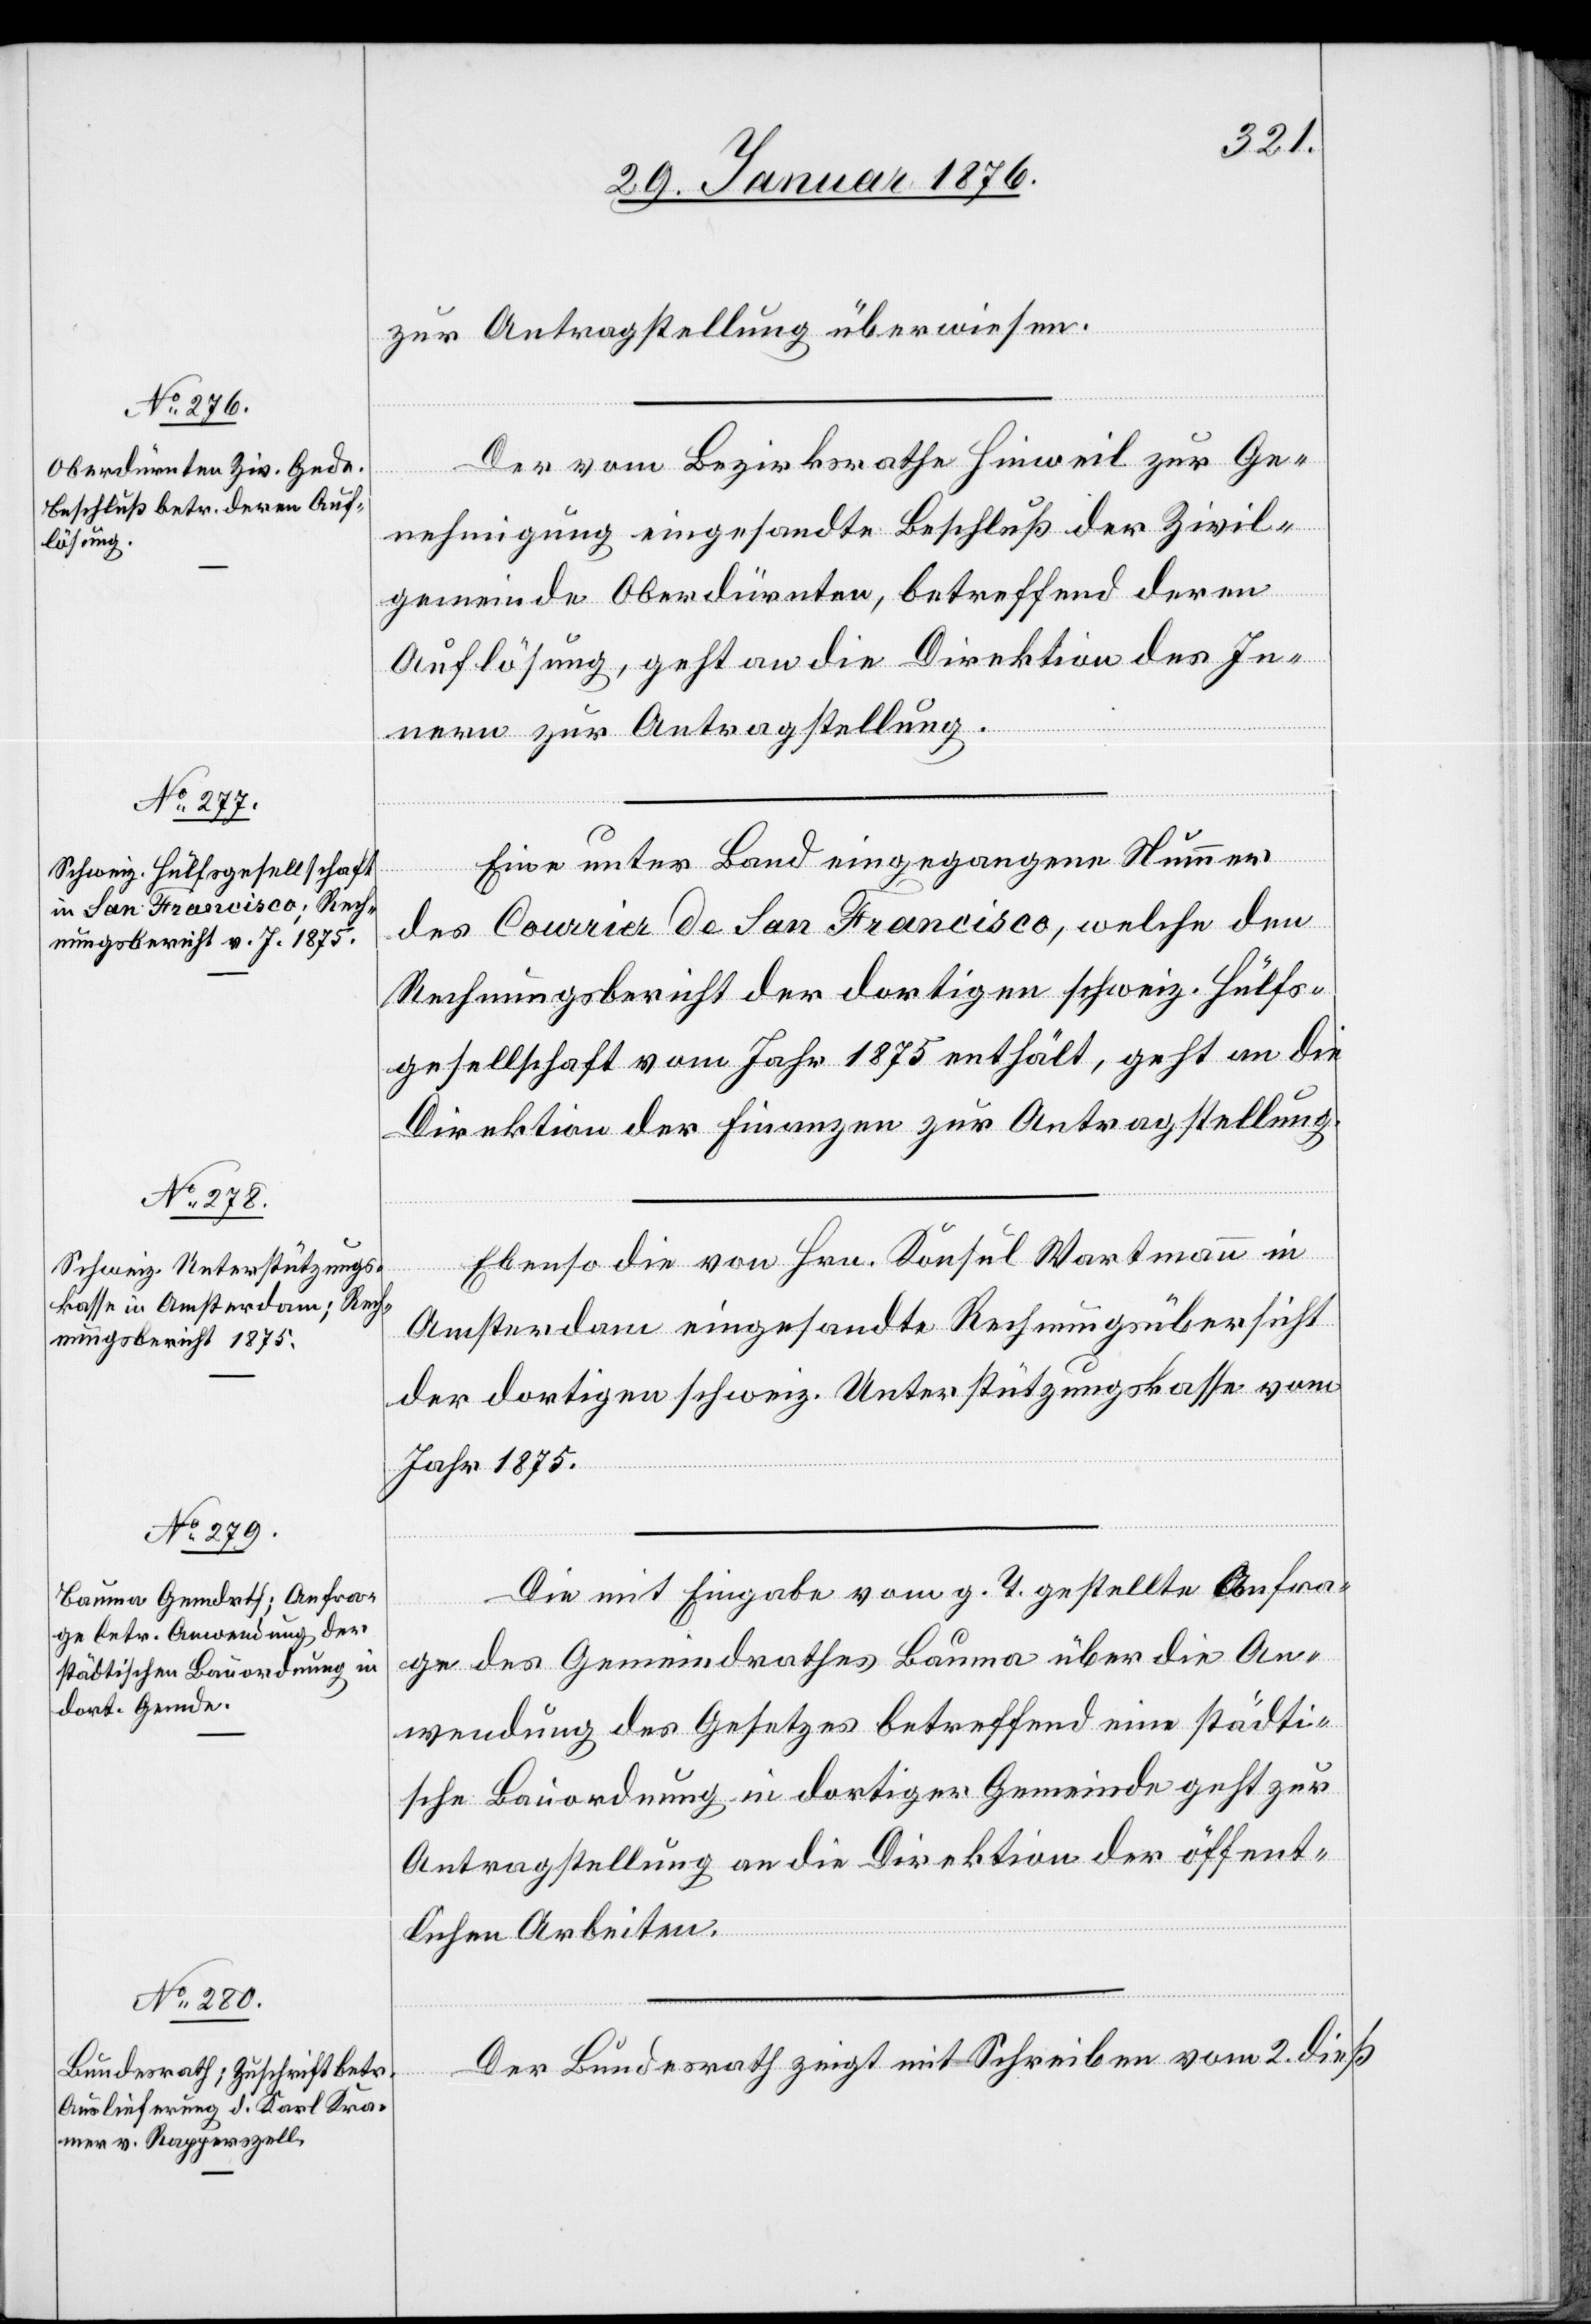
Der vom Bezirksrathe Hinwil zur Ge¬
nehmigung eingesandte Beschluss der Zivil¬
gemeinde Oberdürnten, betreffend deren
Auflösung, geht an die Direktion des In¬
nern zur Antragstellung.
Eine unter Band eingegangene Nummer
des Courrier de San Francisco, welche den
Rechnungsbericht der dortigen schweiz. Hülfs¬
gesellschaft vom Jahr 1875 enthält, geht an die
Direktion der Finanzen zur Antragstellung.
Ebenso die von Hrn. Konsul Wartmann in
Amsterdam eingesandte Rechnungsübersicht
der dortigen schweiz. Unterstützungskasse vom
Jahr 1875.
Die mit Eingabe von g. T. gestellte Anfra¬
ge des Gemeinderathes Bauma über die An¬
wendung des Gesetzes betreffend die städti¬
sche Bauordnung in dortiger Gemeinde geht zur
Antragstellung an die Direktion der öffent¬
lichen Arbeiten.
Der Bundesrath zeigt mit Schreiben vom 2. dieß